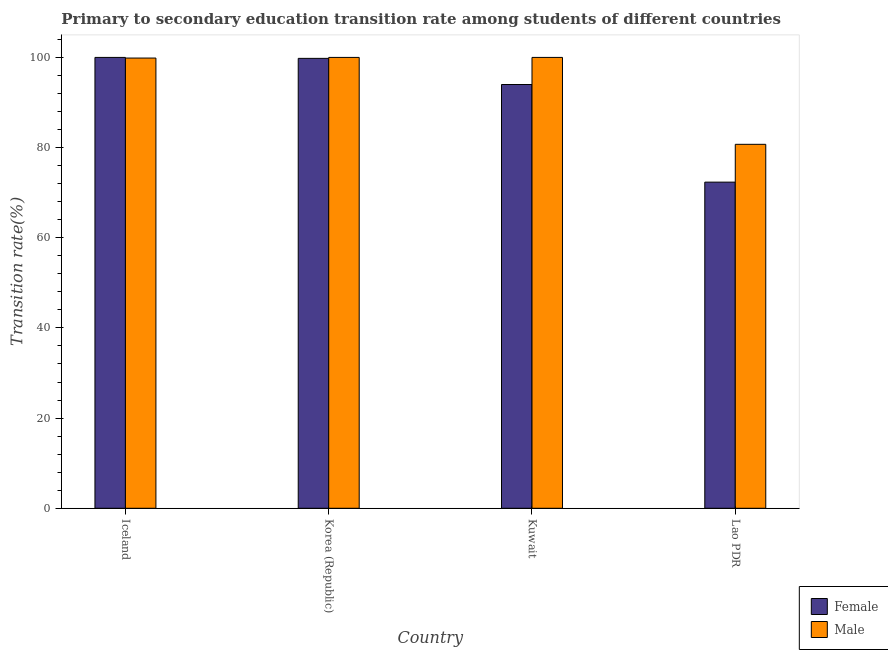
| Country | Female | Male |
 | --- | --- | --- |
 | Iceland | 100 | 99.9 |
 | Korea (Republic) | 99.8 | 100 |
 | Kuwait | 94 | 100 |
 | Lao PDR | 72.3 | 80.7 |